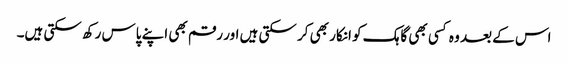
اس کے بعد وہ کسی بھی گاہک کو انکار بھی کر سکتی ہیں اور رقم بھی اپنے پاس رکھ سکتی ہیں۔